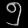
Digit: ၅